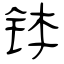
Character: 钵